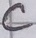
Text: C